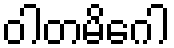
ဝါတမိဂေါ